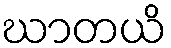
ဃာတယိ